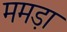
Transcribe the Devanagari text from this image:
ममड़ा